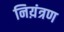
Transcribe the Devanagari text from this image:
निय़ंत्रण